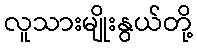
လူသားမျိုးနွယ်တို့